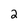
Character: 2